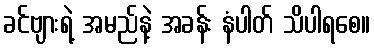
ခင်ဗျားရဲ့ အမည်နဲ့ အခန်း နံပါတ် သိပါရစေ။